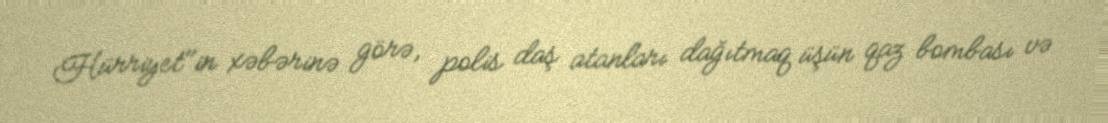
Hürriyet"in xəbərinə görə, polis daş atanları dağıtmaq üşün qaz bombası və